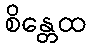
စိန္တေထ